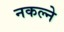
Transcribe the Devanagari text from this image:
नकल्ने